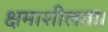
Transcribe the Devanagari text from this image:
क्षमाशीलता।